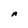
Character: A